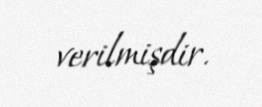
verilmişdir.